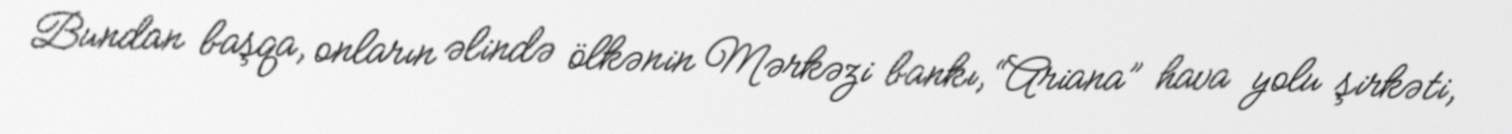
Bundan başqa, onların əlində ölkənin Mərkəzi bankı, “Ariana” hava yolu şirkəti,